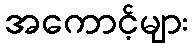
အကောင့်များ